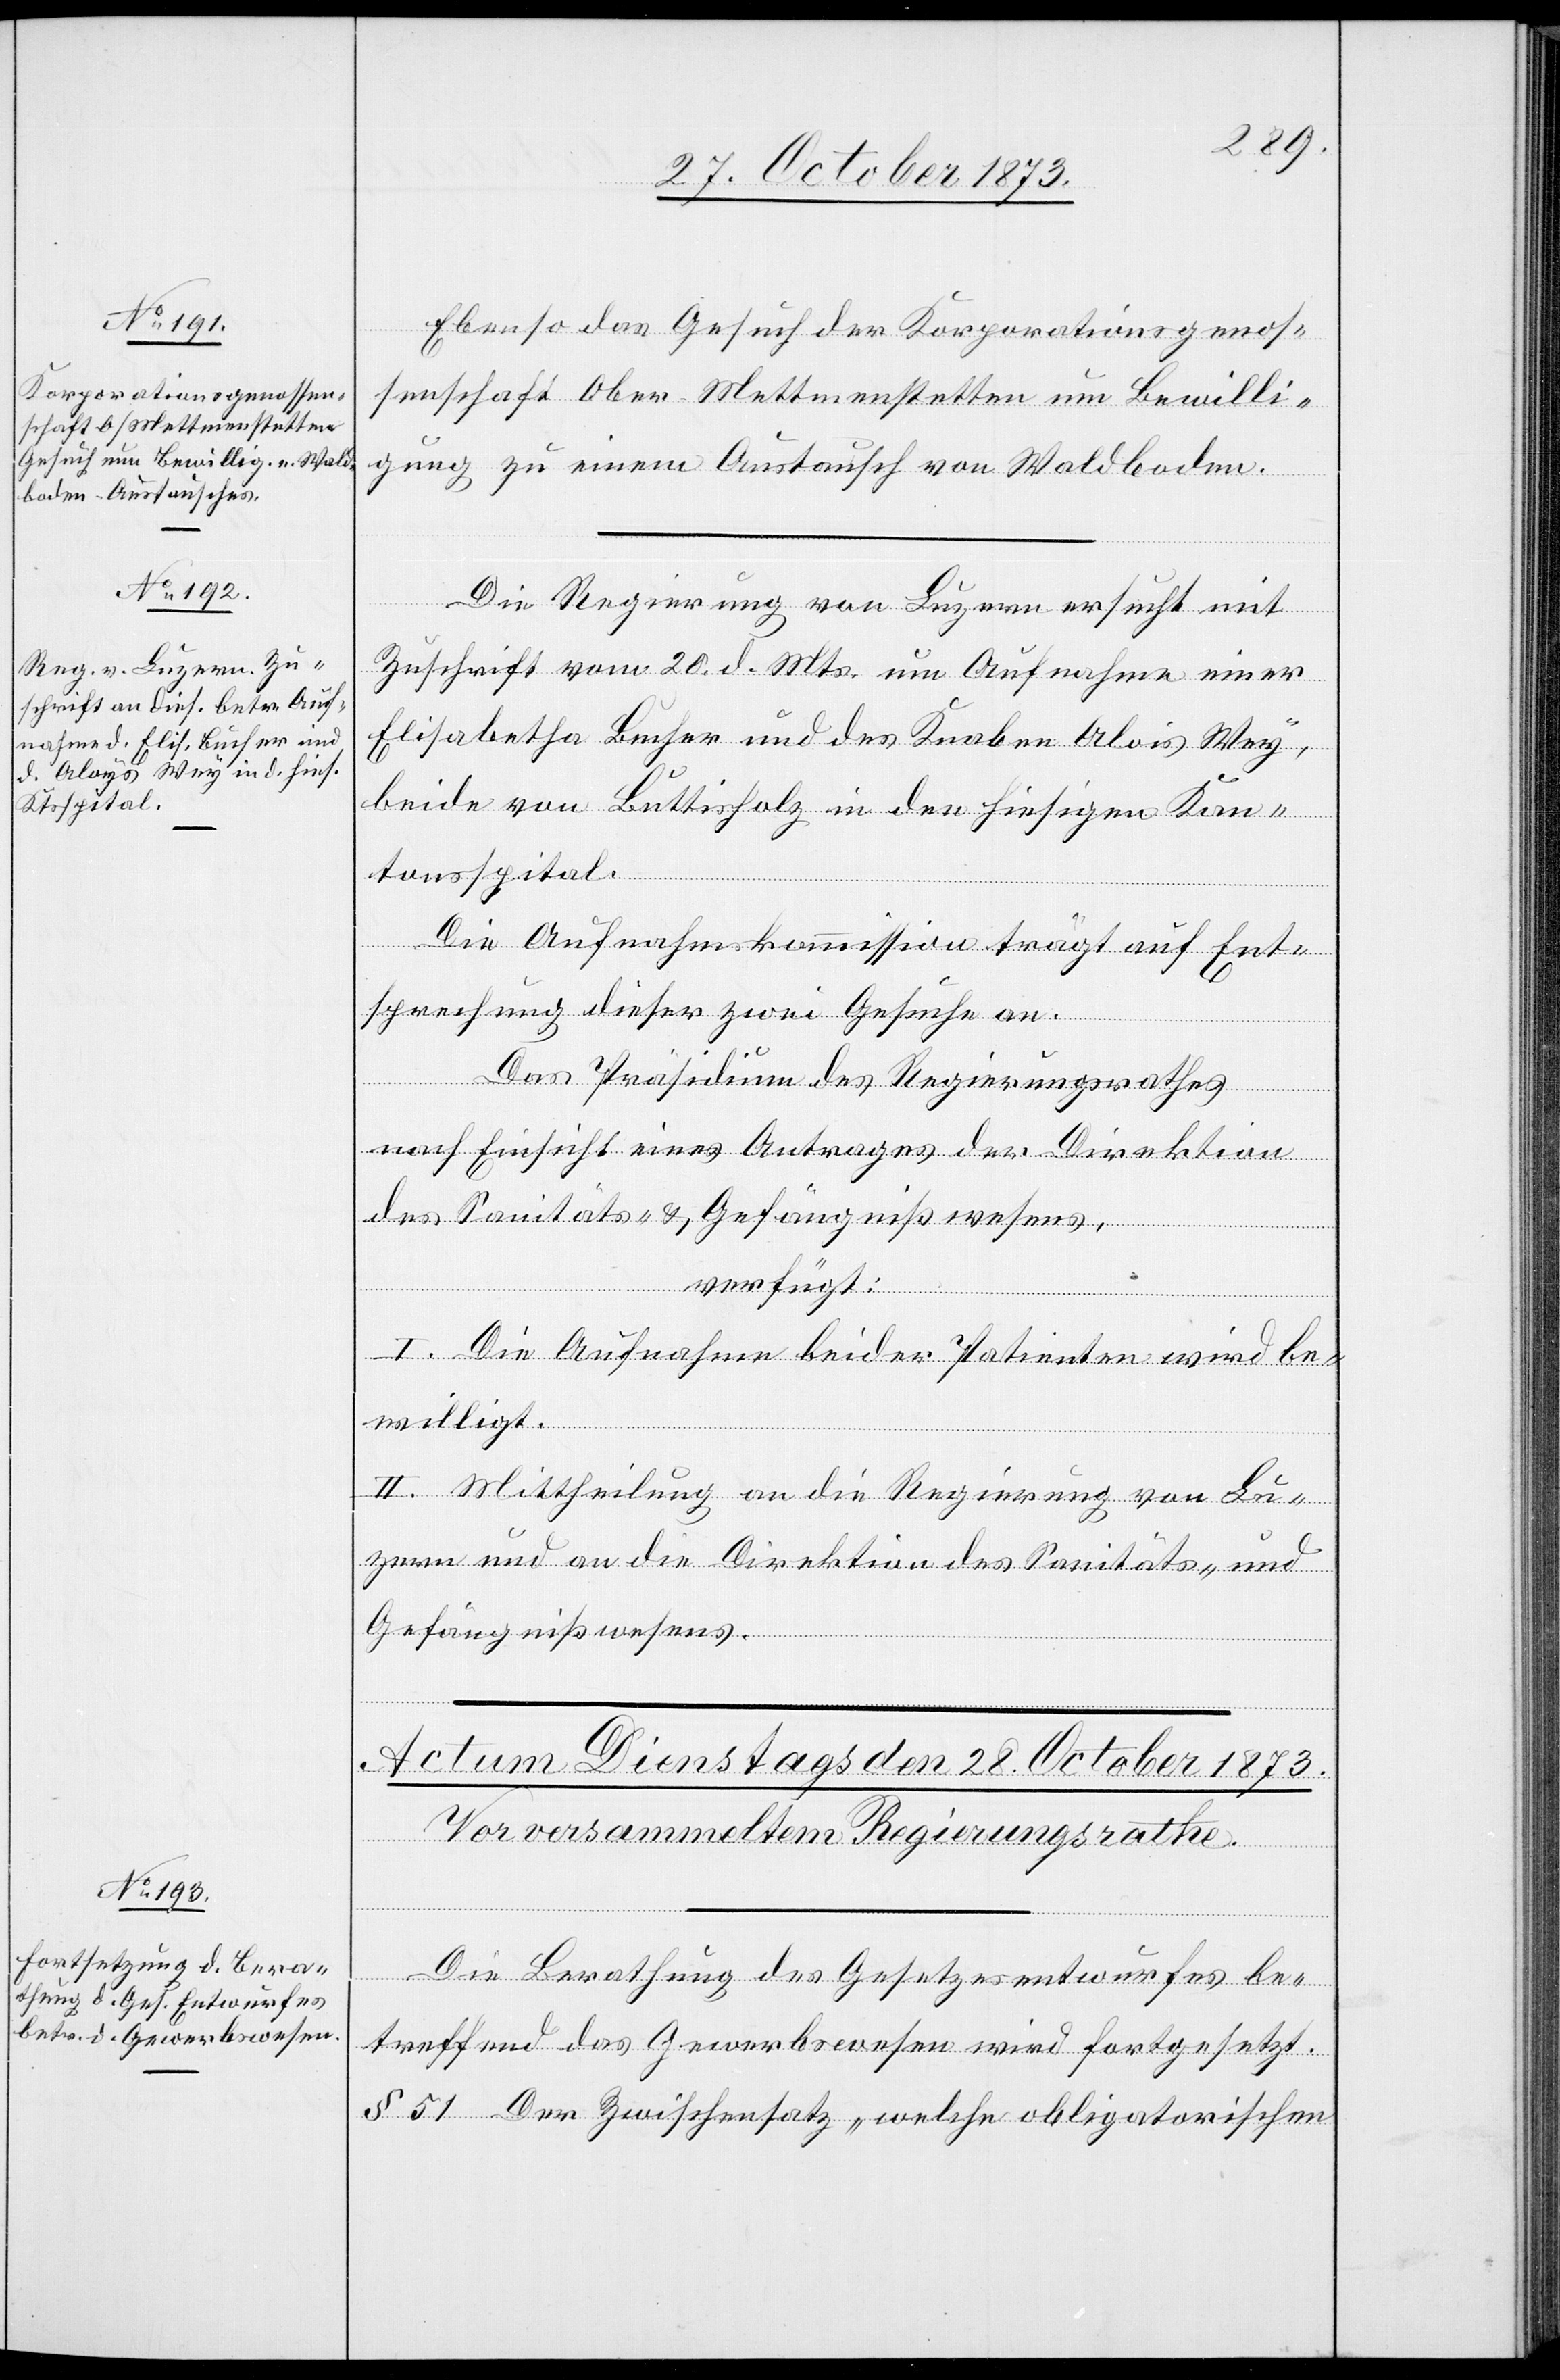
27. October 1873.]
Ebenso das Gesuch der Korporationsgenos¬
senschaft Ober-Mettmenstetten um Bewilli¬
gung zu einem Austausch von Waldboden.
Die Regierung von Luzern ersucht mit
Zuschrift vom 20. d. Mts. um Aufnahme einer
Elisabetha Bucher und des Knaben Alois Wey,
beide von Buttisholz in den hiesigen Kan¬
tonsspital.
Die Aufnahmskommission trägt auf Ent¬
sprechung dieser zwei Gesuche an.
Das Präsidium des Regierungsrathes
nach Einsicht eines Antrages der Direktion
des Sanitäts- & Gefängnißwesens,
verfügt:
I. Die Aufnahme beider Patienten wird be¬
willigt.
II. Mittheilung an die Regierung von Lu¬
zern und an die Direktion des Sanitäts- und
Gefängnißwesens.
Die Berathung des Gesetzesentwurfes be¬
treffend das Gewerbswesen wird fortgesetzt.
§ 51 Der Zwischensatz „welche obligatorischen